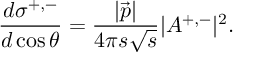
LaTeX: \frac { d \sigma ^ { + , - } } { d \cos \theta } = \frac { \vert \vec { p } \vert } { 4 \pi s \sqrt s } \vert { \cal A } ^ { + , - } \vert ^ { 2 } .